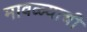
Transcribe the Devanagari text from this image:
मावळ्याची